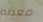
معظم